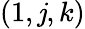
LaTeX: (1,\mathit{j},k)